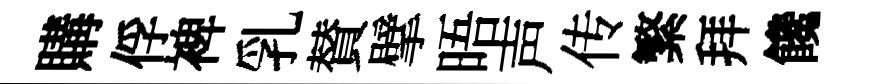
購俘裨乳賛擘晤声传繁拜饞